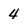
Character: 4